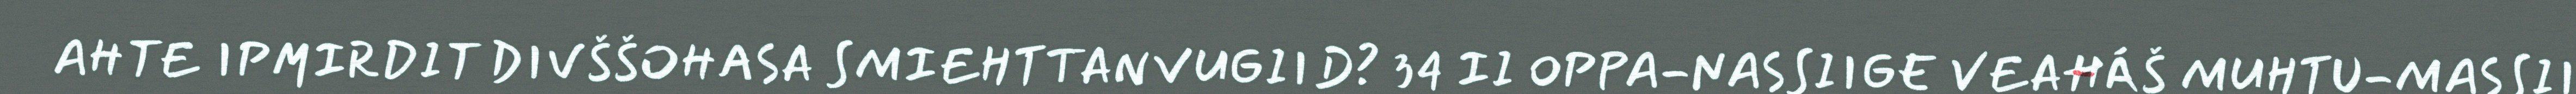
AHTE IPMIRDIT DIVŠŠOHASA SMIEHTTANVUGIID? 34 II OPPA-NASSIIGE VEAHÁŠ MUHTU-MASSII